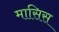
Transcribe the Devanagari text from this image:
मासिस